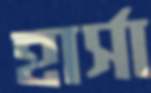
হার্সা